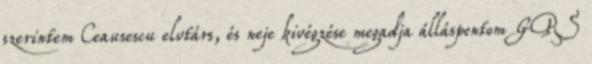
szerintem Ceausescu elvtárs, és neje kivégzése megadja álláspontom GPS